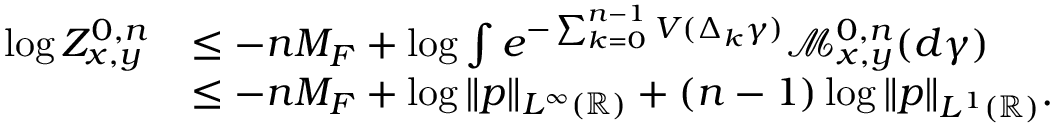
\begin{array} { r l } { \log Z _ { x , y } ^ { 0 , n } } & { \le - n M _ { F } + \log \int e ^ { - \sum _ { k = 0 } ^ { n - 1 } V ( \Delta _ { k } \gamma ) } \mathcal { M } _ { x , y } ^ { 0 , n } ( d \gamma ) } \\ & { \le - n M _ { F } + \log \| p \| _ { L ^ { \infty } ( \mathbb { R } ) } + ( n - 1 ) \log \| p \| _ { L ^ { 1 } ( \mathbb { R } ) } . } \end{array}